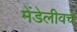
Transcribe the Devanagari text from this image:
मेंडेलीवचे